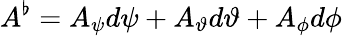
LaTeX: A^{\flat}=A_{\psi}d\psi+A_{\vartheta}d\vartheta+A_{\phi}d\phi